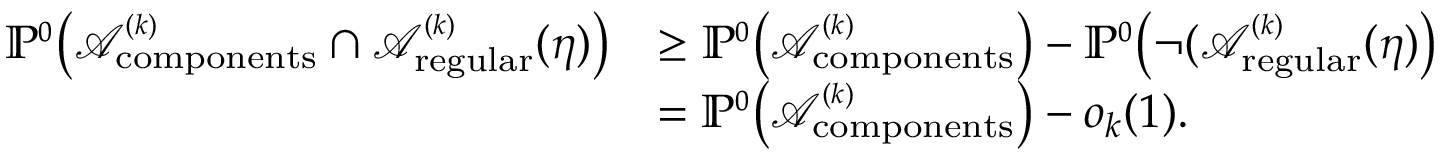
\begin{array} { r l } { \mathbb { P } ^ { \scriptscriptstyle 0 } \big ( { \mathcal A } _ { \mathrm { c o m p o n e n t s } } ^ { \scriptscriptstyle ( k ) } \cap { \mathcal A } _ { \mathrm { r e g u l a r } } ^ { \scriptscriptstyle ( k ) } ( \eta ) \big ) } & { \ge \mathbb { P } ^ { \scriptscriptstyle 0 } \big ( { \mathcal A } _ { \mathrm { c o m p o n e n t s } } ^ { \scriptscriptstyle ( k ) } \big ) - \mathbb { P } ^ { \scriptscriptstyle 0 } \big ( \neg ( { \mathcal A } _ { \mathrm { r e g u l a r } } ^ { \scriptscriptstyle ( k ) } ( \eta ) \big ) } \\ & { = \mathbb { P } ^ { \scriptscriptstyle 0 } \big ( { \mathcal A } _ { \mathrm { c o m p o n e n t s } } ^ { \scriptscriptstyle ( k ) } \big ) - o _ { k } ( 1 ) . } \end{array}